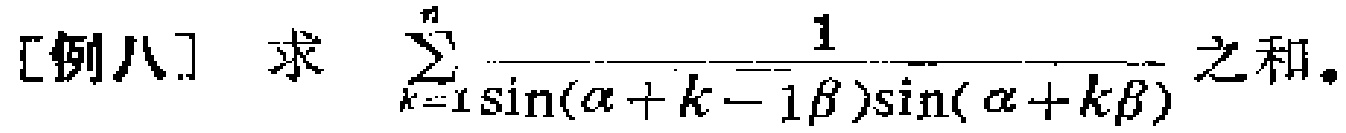
[例八] 求 $\sum_{k = 1}^{n}\frac{1}{\sin(\alpha + k - 1\beta)\sin(\alpha + k\beta)}$ 之和。